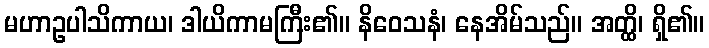
မဟာဥပါသိကာယ၊ ဒါယိကာမကြီး၏။ နိဝေသနံ၊ နေအိမ်သည်။ အတ္ထိ၊ ရှိ၏။